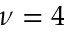
\nu = 4